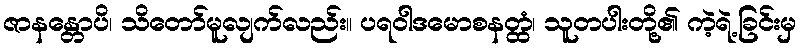
ဇာနန္တောပိ၊ သိတော်မူလျက်လည်း။ ပရဝါဒမောစနတ္ထံ၊ သူတပါးတို့၏ ကဲ့ရဲ့ခြင်းမှ